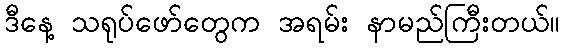
ဒီနေ့ သရုပ်ဖော်တွေက အရမ်း နာမည်ကြီးတယ်။